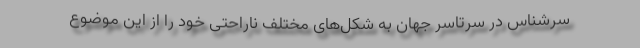
سرشناس در سرتاسر جهان به شکل‌های مختلف ناراحتی خود را از این موضوع